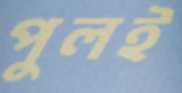
পুলই